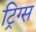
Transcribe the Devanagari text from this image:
ट्रिग्स